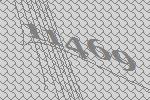
11469